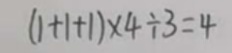
( 1 + 1 + 1 ) \times 4 \div 3 = 4